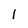
Character: l